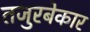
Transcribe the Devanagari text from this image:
तजुरबेकार